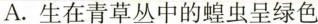
A. 生在青草丛中的蝗虫呈绿色